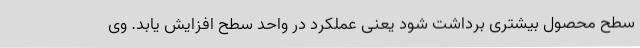
سطح محصول بیشتری برداشت شود یعنی عملکرد در واحد سطح افزایش یابد. وی